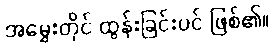
အမွှေးတိုင် ထွန်းခြင်းပင် ဖြစ်၏။